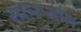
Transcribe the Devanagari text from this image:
सहरुस्तंभ